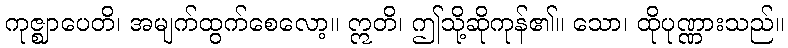
ကုဇ္ဈာပေတိ၊ အမျက်ထွက်စေလော့။ ဣတိ၊ ဤသို့ဆိုကုန်၏။ သော၊ ထိုပုဏ္ဏားသည်။